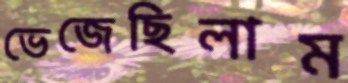
ভেজেছিলাম